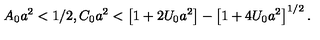
A _ { 0 } a ^ { 2 } < 1 / 2 , C _ { 0 } a ^ { 2 } < \left[ 1 + 2 U _ { 0 } a ^ { 2 } \right] - \left[ 1 + 4 U _ { 0 } a ^ { 2 } \right] ^ { 1 / 2 } .